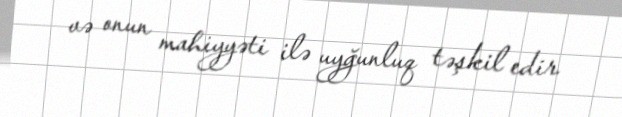
və onun mahiyyəti ilə uyğunluq təşkil edir.